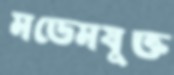
মডেমযুক্ত